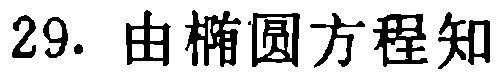
29. 由椭圆方程知